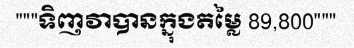
"""ទិញវាបានក្នុងតម្លៃ 89,800"""